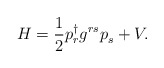
\begin{align*}H = {1\over 2} p_r^{\dagger} g^{rs} p_s^{} + V. \end{align*}